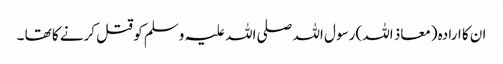
ان کا ارادہ (معاذ اللہ) رسول اللہ صلی اللہ علیہ وسلم کو قتل کرنے کا تھا ۔